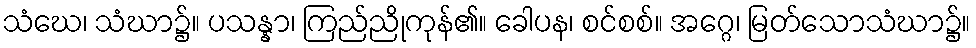
သံဃေ၊ သံဃာ၌။ ပသန္နာ၊ ကြည်ညိုကုန်၏။ ခေါပန၊ စင်စစ်။ အဂ္ဂေ၊ မြတ်သောသံဃာ၌။